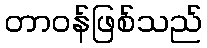
တာဝန်ဖြစ်သည်